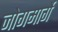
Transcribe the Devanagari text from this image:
जोगमार्गे